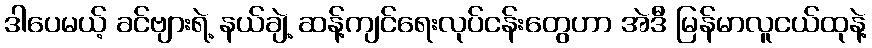
ဒါပေမယ့် ခင်ဗျားရဲ့ နယ်ချဲ့ ဆန့်ကျင်ရေးလုပ်ငန်းတွေဟာ အဲဒီ မြန်မာလူငယ်ထုနဲ့